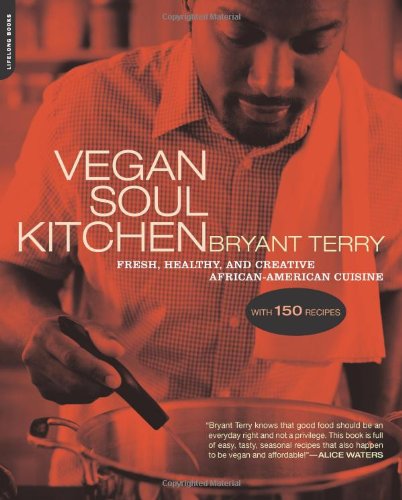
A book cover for Vegan Soul Kitchen: Fresh, Healthy, and Creative African-American Cuisine; Bryant Terry; Cookbooks, Food & Wine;